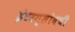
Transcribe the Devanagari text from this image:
इंटरग्लोबची